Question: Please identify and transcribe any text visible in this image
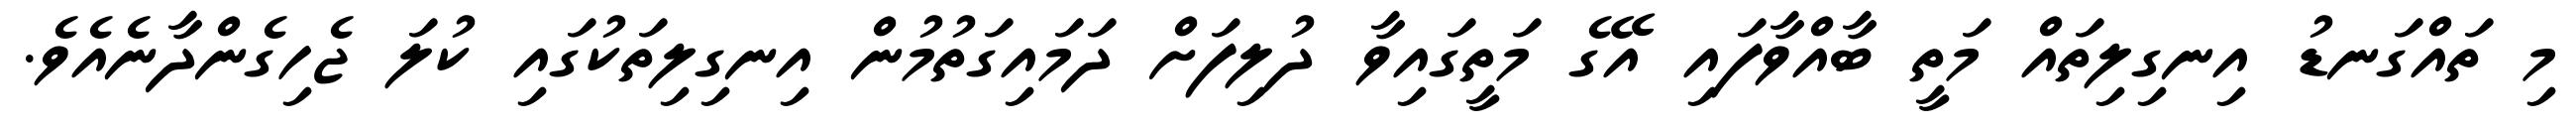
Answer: މި ތައްގަނޑު އިނގިލިތައް މަތީ ބާއްވާފައި އޭގެ މަތީގައިވާ ދުލިފަށް ދަމައިގަތުމުން އިނގިލިތަކުގައި ކުލަ ޖެހިގެންދާނެއެވެ.